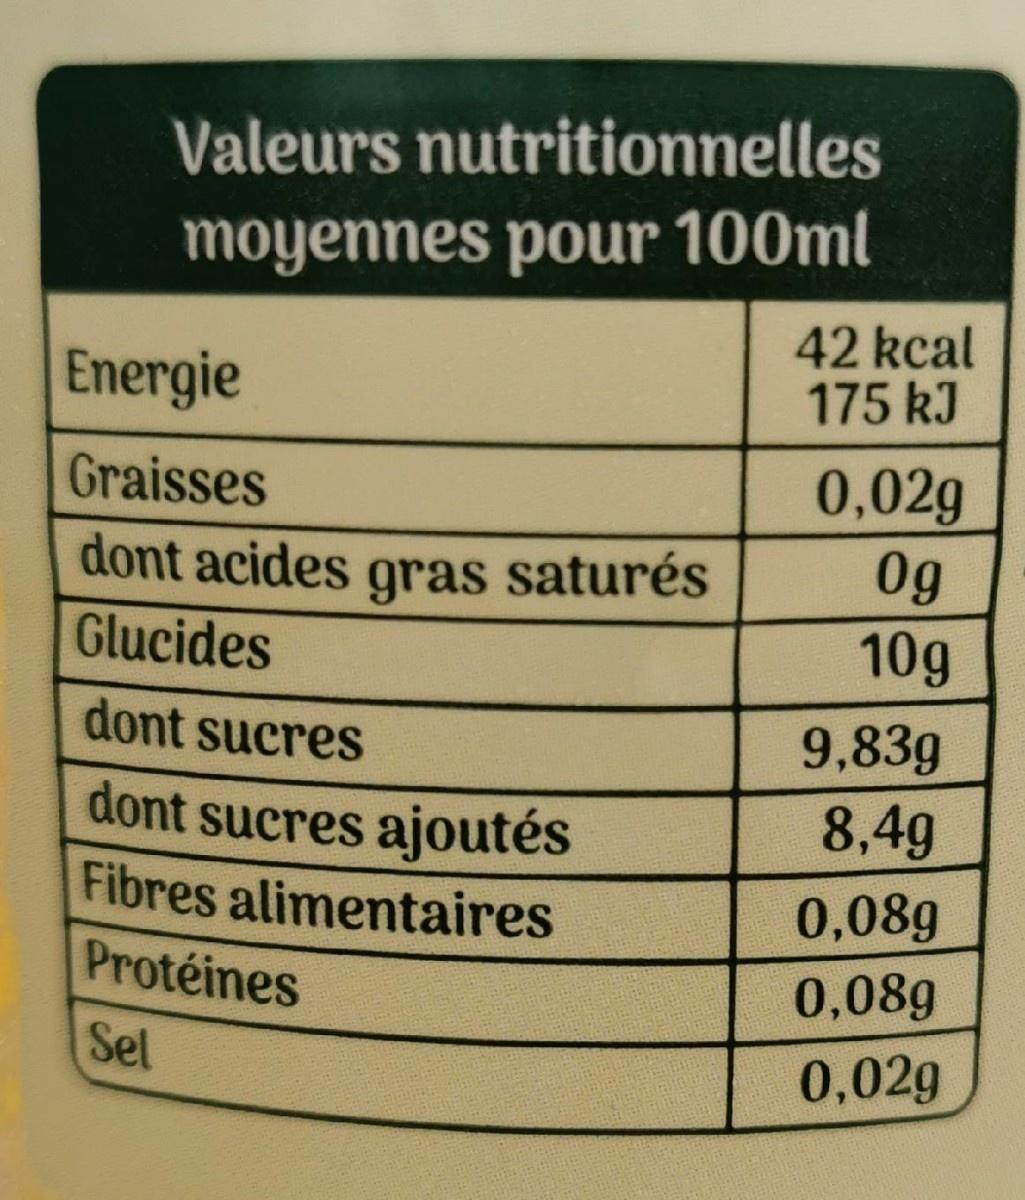
Valeurs nutritionnelles
moyennes pour 100ml
42 kcal 175 kJ
Energie
0,02g 0g
Graisses
dont acides gras saturés Glucides
10g
dont sucres
9,83g
dont sucres ajoutés Fibres alimentaires Protéines
8,4g
0,08g 0,089
Sel
0,02g